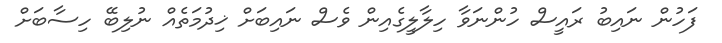
ފަހުން ނައިބު ރައީސް ހުންނަވާ ހިލާލީގެއިން ވެސް ނައިބަށް ޚިދުމަތެއް ނުލިބޭ ހިސާބަށް